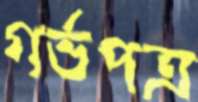
গর্ভপত্র